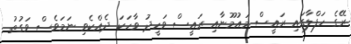
ރޭގެ ހަފްލާގައި ރައީސް މައުމޫނާއި ރައީސް ވަހީދު ވާހަކަ ދެއްކެވި ނަަމަވެސް ވަގުތު